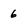
Character: 6